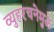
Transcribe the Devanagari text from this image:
व्युहरचनेमुळे